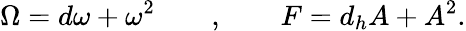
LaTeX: \Omega=d\omega+\omega^{2}\quad\quad,\quad\quad F=d_{h}A+A^{2}.